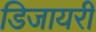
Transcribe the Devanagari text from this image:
डिजायरी